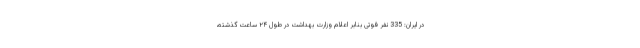
در ایران: 335 نفر فوتی بنابر اعلام وزارت بهداشت در طول ۲۴ ساعت گذشته،